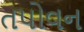
તપોવન